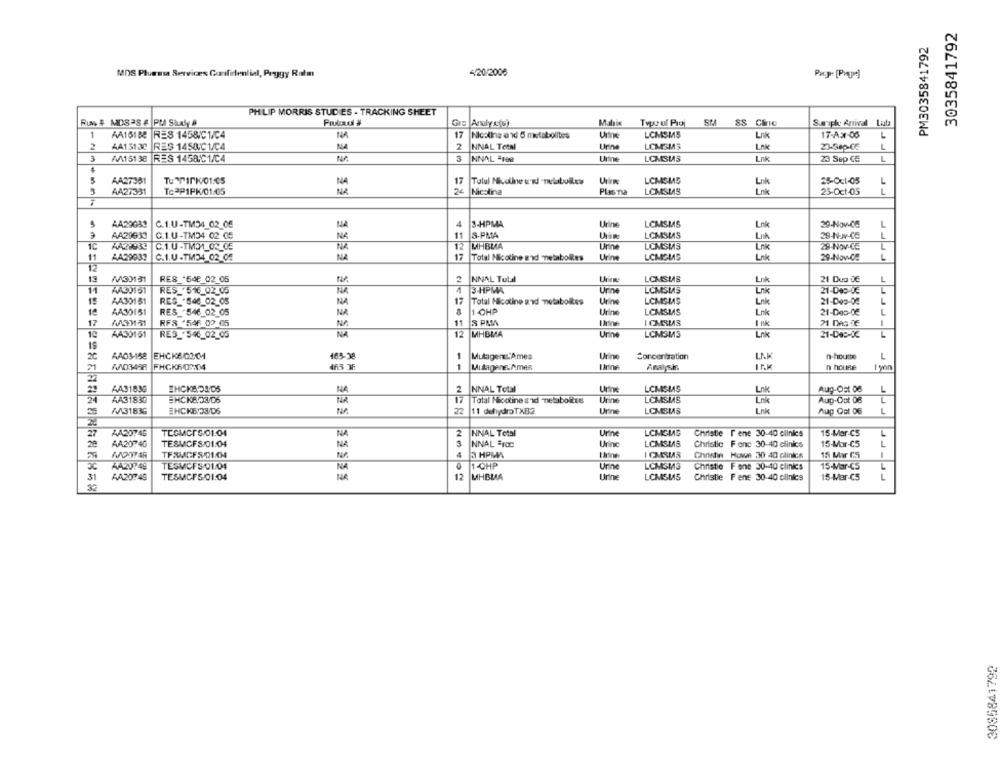
3035841792
PM3035841792
MDS Pluessa Serviræs Confidential, Peggy Ratm
4/20/2006
PHILIP MORRIS STUDIES - TRACKING SHEET
Prulund #
Grs Analysis)
SP.
88 Cinc
Suarpk Antivol Luta
1
AA15188
RES 1458/C1/C4
17
Nicoline and 5 metabolites
LCMSM5
Lnk
17-Ax-06
L
2
AA151.30
NA
2
NNAL Tetni
Urine
L
RES 1450/C1/C4
LCMSMS
23-Sep-C6
3
WA151 38
RES 1458/C1/C4
NNAL =199
Urine
LCMSMS
Lnk
23 Sep CE
L
5
AA37381
TUTTINK/01.05
NA
17
LCMSME
Lnk
25-041-05
L
AA27331
ToPP1PK/01/05
Nicolina
LCMSMS
Lok
25-Oct-05
L
Plas Tia
AA20083
C.1.U-TM34_02_05
NA
4
3-HPMA
Urine
LCMSMS
Lnk
29-Nov-CC
L
AA29933
G.1.U-TM34 02 05
11
S-PMA
LCMSMS
29-Nov-CC
L
LIA
C.1.U-TM31_02_CE
NA
12
MHBLA
Urine
LCMESMS
Lnk
29-Nov-CE
L
11
AA29032
C.1.U-TM34_02_05
NA
17
Total Nicoline and metabolites
Urine
LCMOMS
Lnk
29-Nov.CH
L
12
13
M33131
RES_"64e_02_05
2
NNAL Tubal
LCMSMS
Lık
21 Dua DE
L
11
AA30161
RES_ 516_02_05
3-HPMA
Urine
LCMSMS
21-Dec-DE
Lnk
15
AA30151
RES .846_02_05
NA
17
Total Nicotine and metaboRes
Urine
LCMSMS
Link
21-Des-04
10
AA30151
RES .546_02_05
NA
1 -OHP
Urine
LCMSMS
Lnk
21-Des-DE
L
17
MSM131
RFS '546 00 05
S PMW
I CARUS
Ink
10
AA30161
RES_ 5_02_05
NA
12
MHBMA
Urine
LCMSMS
Lnk
21-Dec-DC
20
AAD3158
EHCK6/0204
485-38
1
Muligens.Ames
Urine
Concentration
LAK
n-house
L
21
1
MutagenE.A.MAR
Analysis.
IP.M
n house
AA31839
IHCKAOSDS
2
NNAL Total
LCMSMS
Aug-Ost 06
L
24
AA31830
EHCKEL03/06
17
Total Nicotine & id -nelabolites
Urine
LCMESMAS
Lnk
Aug-Oot 08
L
W3183G
EHCKE/23/06
22
11 dehydroTXB2
Urine
LCMSMS
Lnk
Aup Oot 06
L
27
AA20749
TEGMCI5 01.04
2
NNAL Total
Urine
LCMIGMAG
Christie I ene 30-40 elinks
15-Mar-CS
L
29
AA2074G
L
TESMCFS/01.04
NA
NNAL =100
Urine
LCMSMB
Christic Fone 30-40 clinics
15-Mar-CS
TFRMGFS-01/04
4
3 HPMA
Christin Hove 30 40 clinks
15 Mar CS
AA20749
0
1-OHP
Urine
15-Mar-C5
TESMCFS/01.04
NA
LCMSM3
Christie Fane 30-40 clinics
L
31
AA20749
TESMCFS:01:04
12
MHBMA
Urine
LCMSMS
Christie Fane 30-40 clinics
15-Mar-C5
L
32
3085841792